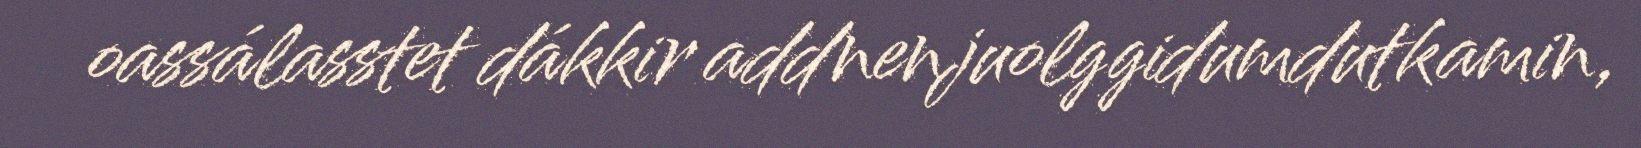
oassálasstet dákkir addnenjuolggidumdutkamin,